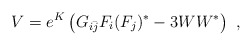
\begin{align*} V=e^K\left(G_{i{\bar j}} F_i (F_j)^*-3WW^*\right)~,\end{align*}